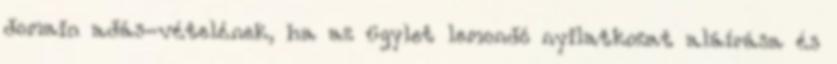
domain adás-vételének, ha az ügylet lemondó nyilatkozat aláírása és